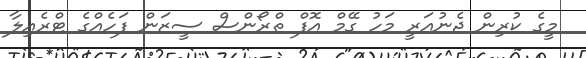
މީގެ ކުރިން ޖެނުއަރީ މަހު ގޭމް އޮފް ތްރޯންސް ސީޒަން ފަހެއްގެ ޓްރެއިލާ